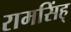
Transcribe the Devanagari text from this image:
रामसिंह्